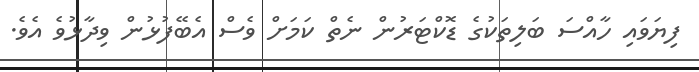
ފިޔަވައި ހާއްސަ ބަލިތަކުގެ ޑޮކްޓަރުން ނެތް ކަމަށް ވެސް އެބޭފުޅުން ވިދާޅުވެ އެވެ.